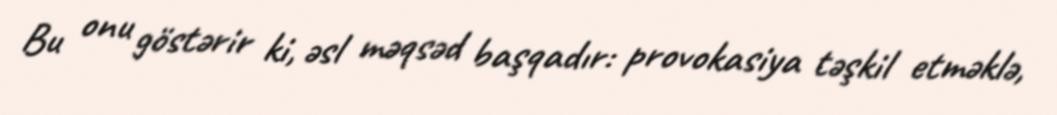
Bu onu göstərir ki, əsl məqsəd başqadır: provokasiya təşkil etməklə,